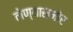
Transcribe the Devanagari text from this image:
लेण्यासमोर